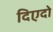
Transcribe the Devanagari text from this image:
दिएदो